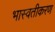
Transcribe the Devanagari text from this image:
भास्वतीकरण